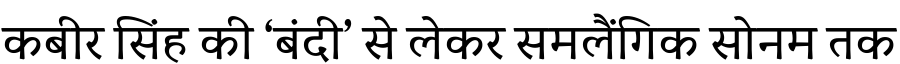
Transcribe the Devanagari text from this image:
कबीर सिंह की ‘बंदी’ से लेकर समलैंगिक सोनम तक